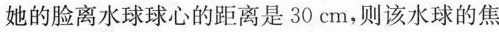
她的脸离水球球心的距离是30cm，则该水球的焦